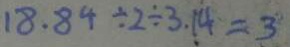
1 8 . 8 4 \div 2 \div 3 . 1 4 = 3